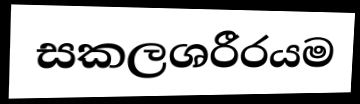
සකලශරීරයම